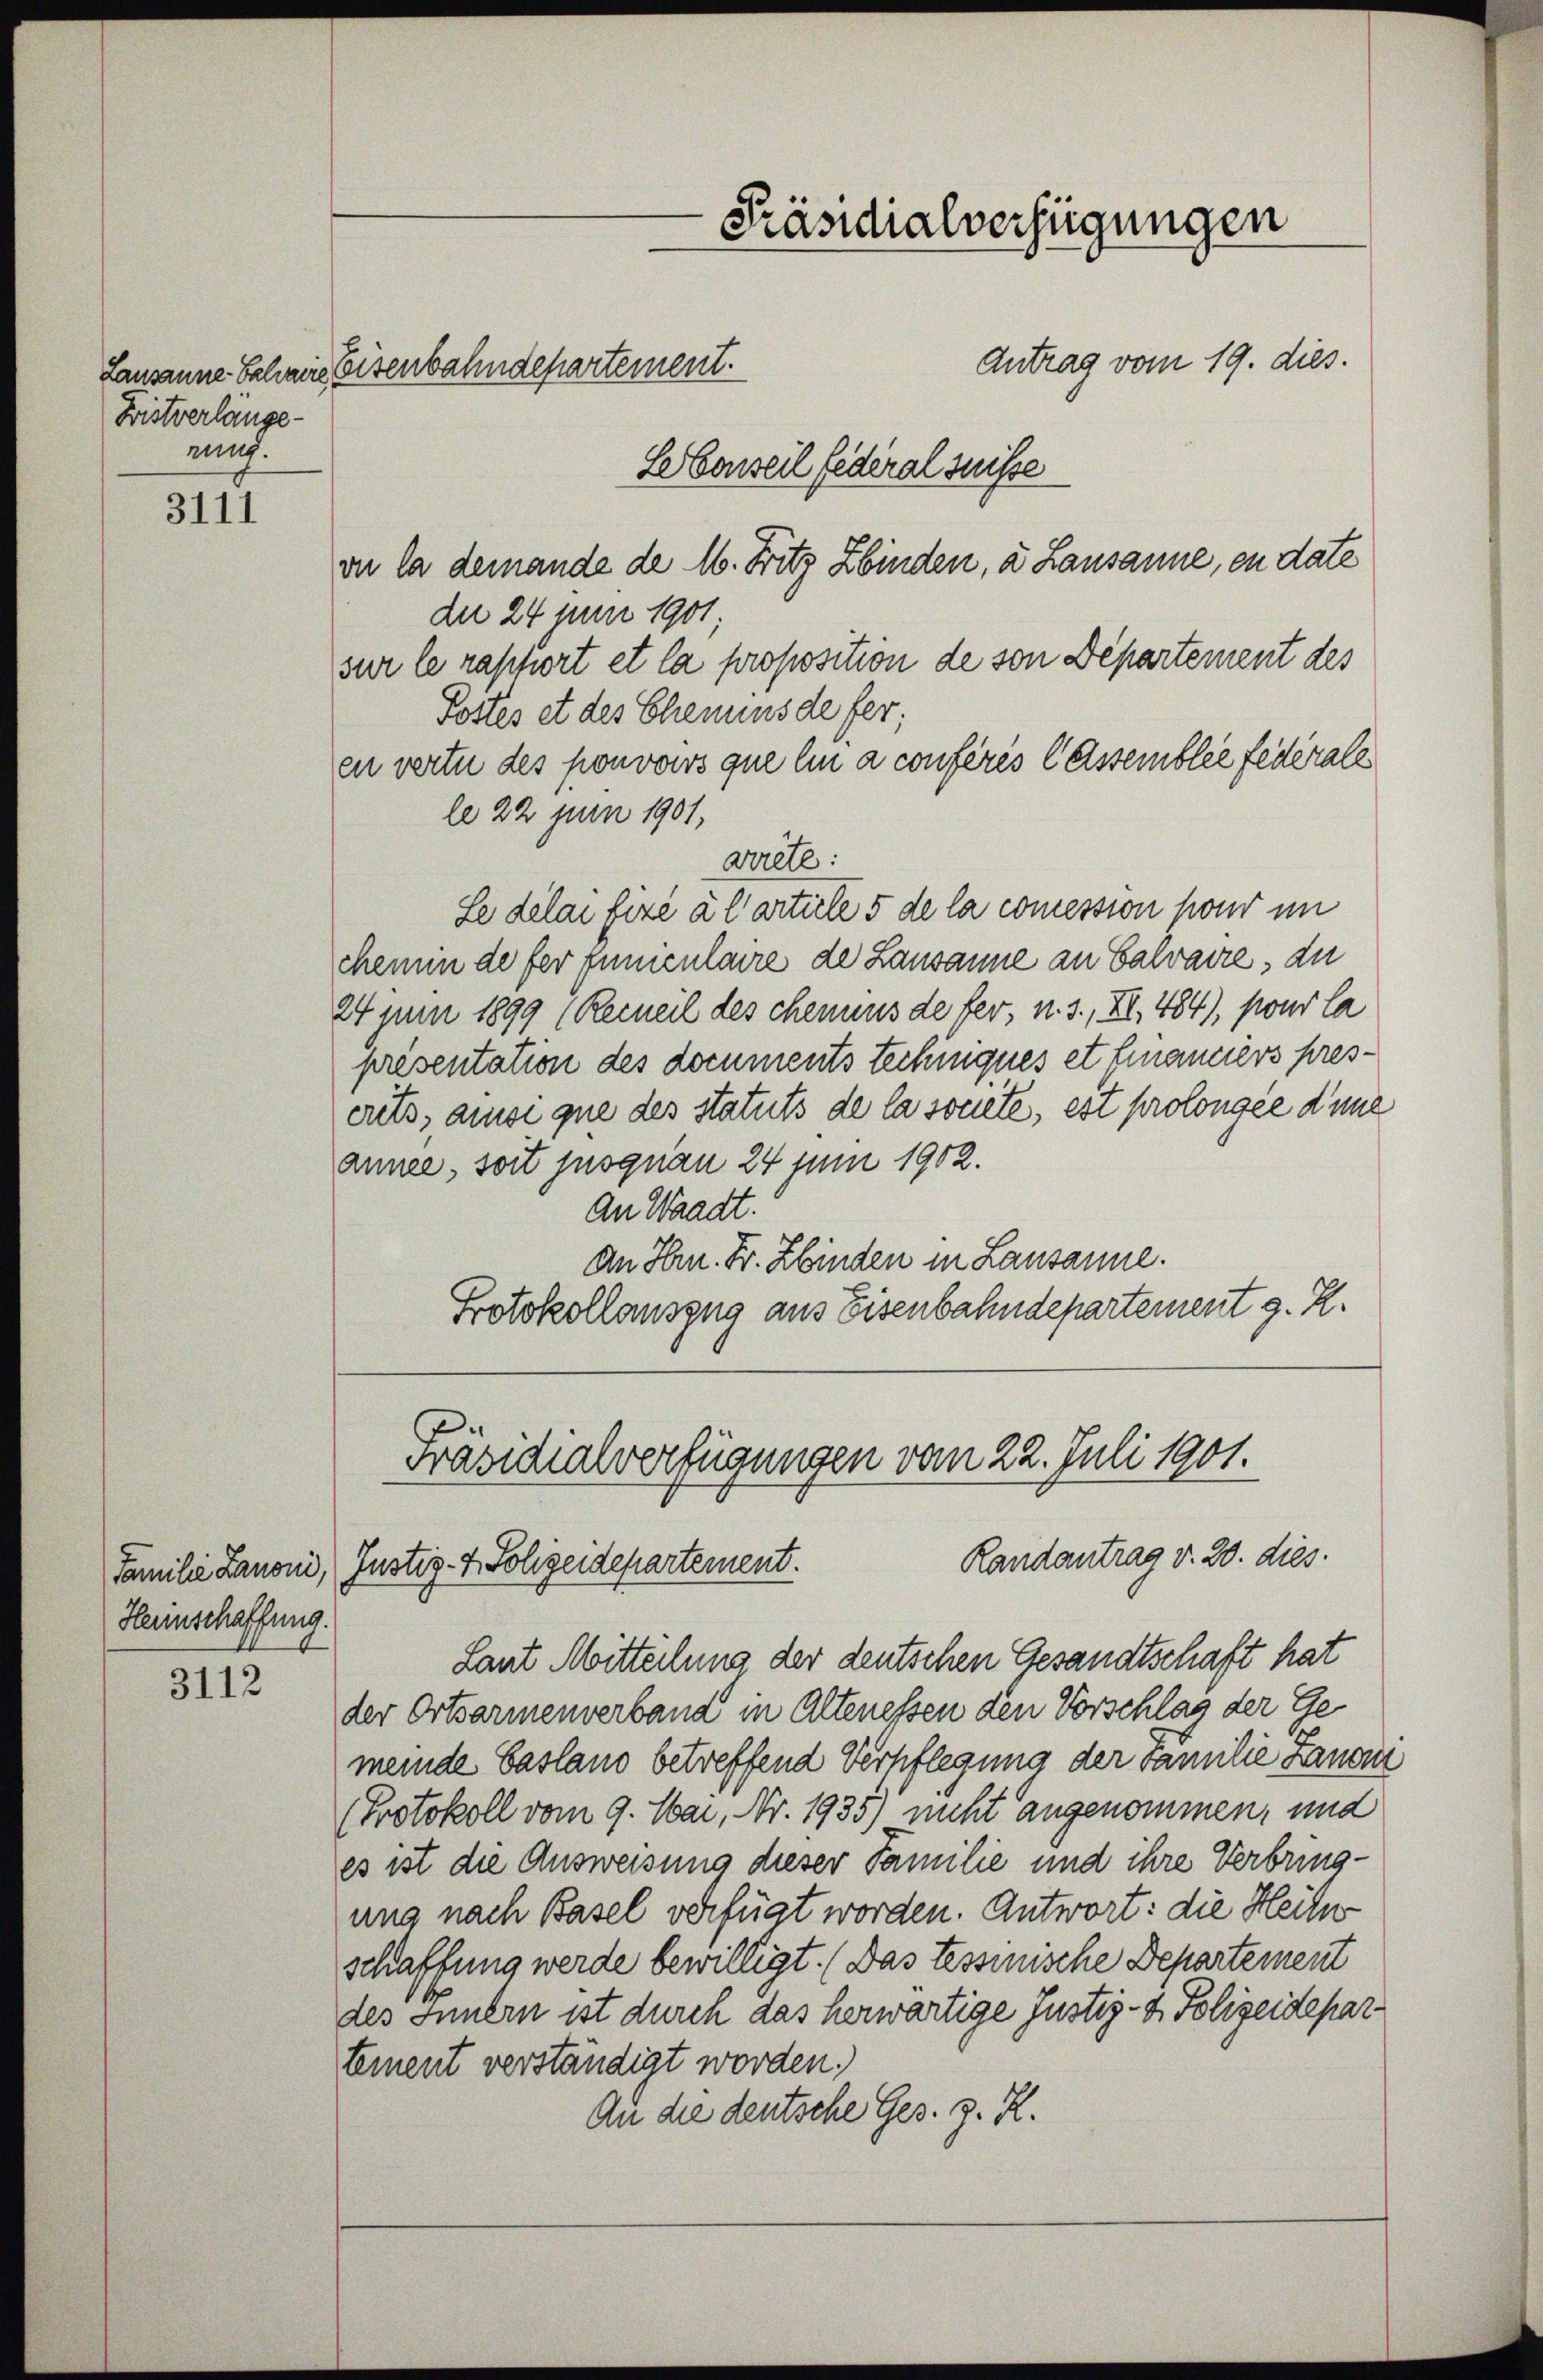
Bistverlange-
rung.

3111

Hennschaffung.

3112

Antrag vom 19. dies.
Lebenseil fédéral suisse
on la demande de 16. Fritz Zbinden, a Lausanne, en date
da 24 Juni 1901
sur le rapport et la proposition de von Departement des
Postes et des Chemins de fer;
en vertu des pouvoirs que lin à conférés lassemblée fédérale
le 22 Juni 1901,
arrête:
Le délai fixé à l’artiele 5 de la comession pour im
chem de fer funiculaire de Lausanne an Calvaire, die
24 Juni 1899 (Recueil des chemnus de fer, u. s., XI, 484), pour la
presentation des documents techinques et financiers prescrits, ause que des statuts de la societe, est prolongée d’une
anne, soit jusquan 24 Juni 1902.
An Waadt.
An Hrn. Fr. Hinden in Lausanne.
Protokollauszug aus Eisenbahndepartement z. R.

Lausanne Schaus Eisenbahndepartement.

-Präsidialverfügungen

Präsidialverfügungen vom 22. Juli 1901.
Randantrag v. 20. dies
Familie Kanoni, Justiz- & Polizeidepartement.

Laut Mitteilung der deutschen Gesandtschaft hat
der Ortsarmenverband in Altenessen den Vorschlag der Gemeinde Gasland betreffend Verpflegung der Familie Landen
Protokoll vom 9. Mai, Nr. 1935) nicht angenommen, und
es ist die Ausweisung dieser Familie und ihre Verbringung nach Basel verfügt worden. Antwort: die Heite
schaffung werde bewilligt. (Das tessinische Departement
des Innern ist durch das herwärtige Justiz- & Polizeidepar
tement verständigt worden.
An die deutsche Ges. z. R.